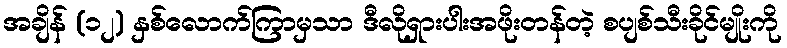
အချိန် (၁၂) နှစ်လောက်ကြာမှသာ ဒီလိုရှားပါးအဖိုးတန်တဲ့ စပျစ်သီးခိုင်မျိုးကို